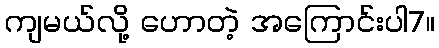
ကျမယ်လို့ ဟောတဲ့ အကြောင်းပါ7။